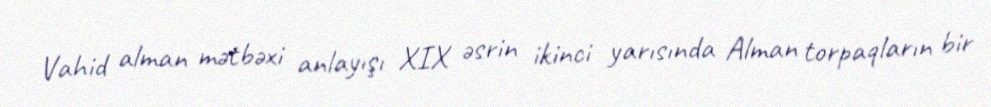
Vahid alman mətbəxi anlayışı XIX əsrin ikinci yarısında Alman torpaqların bir